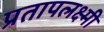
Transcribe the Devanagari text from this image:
प्रतापलक्ष्मी